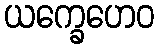
ယက္ခေဟေဝ